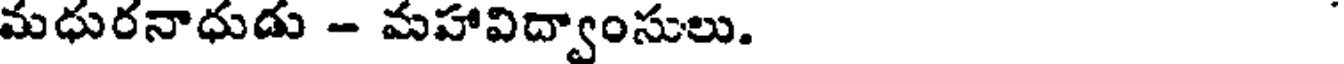
మధురనాధుడు - మహావిద్వాంసులు.